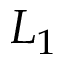
L _ { 1 }